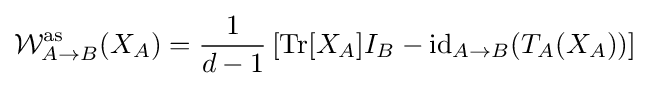
{\mathcal {W}}_{A\rightarrow B}^{\text{as}}(X_{A})={\frac {1}{d-1}}\left[\operatorname {Tr} [X_{A}]I_{B}-\operatorname {id} _{A\rightarrow B}(T_{A}(X_{A}))\right]